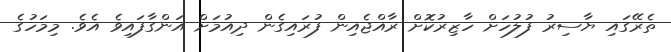
ތެރޭގައި ޔާސިރު ފުލުހަށް ހާޒިރުކޮށް ރާއްޖެއިން ފުރައިގެން ދިއުމަށް އަންގާފައިވެ އެވެ. މިމަހުގެ